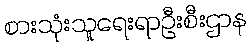
စားသုံးသူရေးရာဦးစီးဌာန